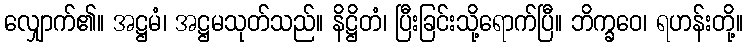
လျှောက်၏။ အဋ္ဌမံ၊ အဋ္ဌမသုတ်သည်။ နိဋ္ဌိတံ၊ ပြီးခြင်းသို့ရောက်ပြီ။ ဘိက္ခဝေ၊ ရဟန်းတို့။